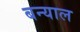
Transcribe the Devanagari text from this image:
बन्‍याल